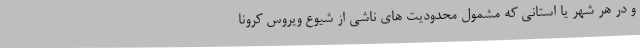
و در هر شهر یا استانی که مشمول محدودیت های ناشی از شیوع ویروس کرونا